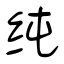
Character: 纯